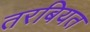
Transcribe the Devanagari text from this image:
तरबियत